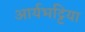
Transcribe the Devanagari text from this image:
आर्यभट्टिया